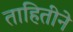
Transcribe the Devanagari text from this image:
ताहितीने